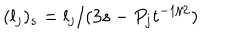
( l _ { j } ) _ { s } = l _ { j } / ( 3 s - P _ { j } t ^ { - 1 / 2 } )